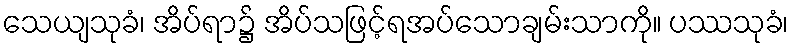
သေယျသုခံ၊ အိပ်ရာ၌ အိပ်သဖြင့်ရအပ်သောချမ်းသာကို။ ပဿသုခံ၊